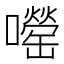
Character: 𫬨